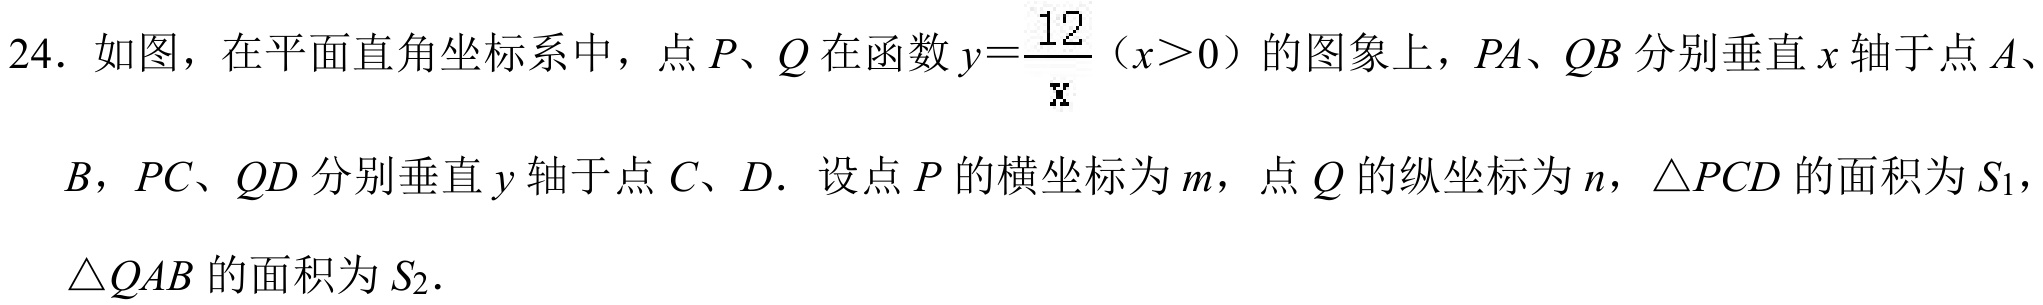
24. 如图，在平面直角坐标系中，点 \(P、Q\) 在函数 \(y = \dfrac{12}{x}\)（\(x>0\)）的图象上，\(PA、QB\) 分别垂直 \(x\) 轴于点 \(A、B\)，\(PC、QD\) 分别垂直 \(y\) 轴于点 \(C、D\). 设点 \(P\) 的横坐标为 \(m\)，点 \(Q\) 的纵坐标为 \(n\)，\(\triangle PCD\) 的面积为 \(S_{1}\)，\(\triangle QAB\) 的面积为 \(S_{2}\).